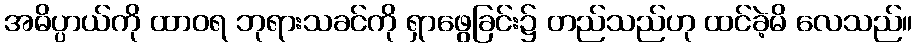
အဓိပ္ပာယ်ကို ထာဝရ ဘုရားသခင်ကို ရှာဖွေခြင်း၌ တည်သည်ဟု ထင်ခဲ့မိ လေသည်။